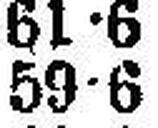
59•6